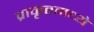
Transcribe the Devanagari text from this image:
प्राकृतमध्ये